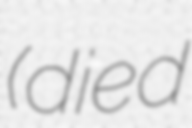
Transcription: (died